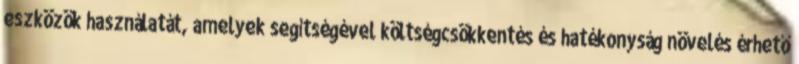
eszközök használatát, amelyek segítségével költségcsökkentés és hatékonyság növelés érhető